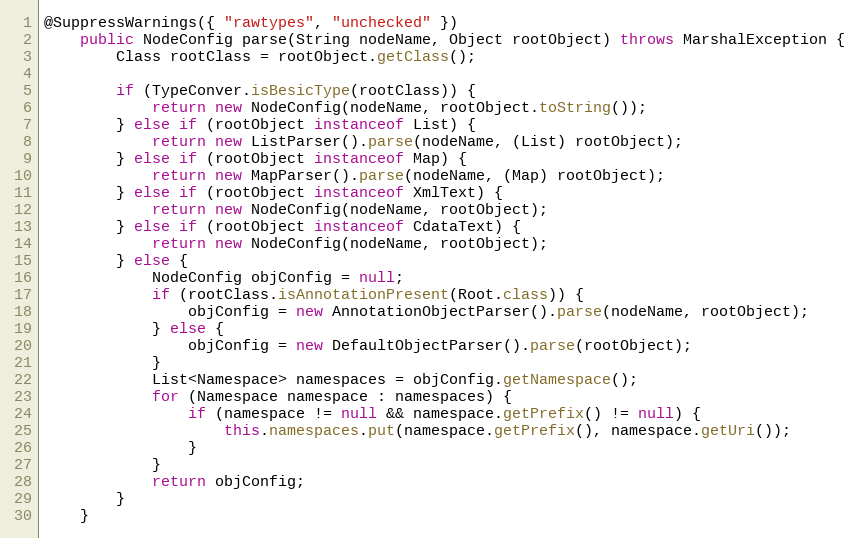
Language: Java
@SuppressWarnings({ "rawtypes", "unchecked" })
	public NodeConfig parse(String nodeName, Object rootObject) throws MarshalException {
		Class rootClass = rootObject.getClass();

		if (TypeConver.isBesicType(rootClass)) {
			return new NodeConfig(nodeName, rootObject.toString());
		} else if (rootObject instanceof List) {
			return new ListParser().parse(nodeName, (List) rootObject);
		} else if (rootObject instanceof Map) {
			return new MapParser().parse(nodeName, (Map) rootObject);
		} else if (rootObject instanceof XmlText) {
			return new NodeConfig(nodeName, rootObject);
		} else if (rootObject instanceof CdataText) {
			return new NodeConfig(nodeName, rootObject);
		} else {
			NodeConfig objConfig = null;
			if (rootClass.isAnnotationPresent(Root.class)) {
				objConfig = new AnnotationObjectParser().parse(nodeName, rootObject);
			} else {
				objConfig = new DefaultObjectParser().parse(rootObject);
			}
			List<Namespace> namespaces = objConfig.getNamespace();
			for (Namespace namespace : namespaces) {
				if (namespace != null && namespace.getPrefix() != null) {
					this.namespaces.put(namespace.getPrefix(), namespace.getUri());
				}
			}
			return objConfig;
		}
	}